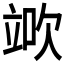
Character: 𥪅